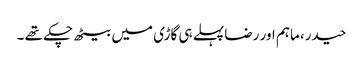
حیدر، ماہم اور رضا پہلے ہی گاڑی میں بیٹھ چکے تھے ۔